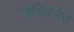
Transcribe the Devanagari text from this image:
बिसिक्लेत्ते